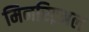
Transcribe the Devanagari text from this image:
मिनस्ट्रिअल